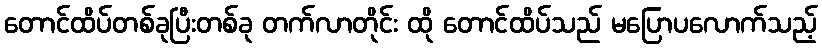
တောင်ထိပ်တစ်ခုပြီးတစ်ခု တက်လာတိုင်း ထို တောင်ထိပ်သည် မပြောပလောက်သည့်